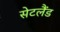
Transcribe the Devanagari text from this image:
सेटलैंड